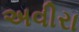
અવીરા